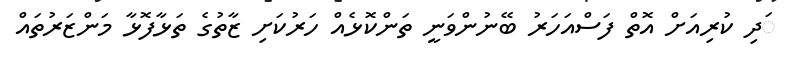
ަދި ކުރިއަށް އޮތް ފަސްއަހަރު ބޭނުންވަނީ ތަންކޮޅެއް ހަރުކަށި ޒާތުގެ ތަޅާފޮޅާ މަންޒަރުތައް